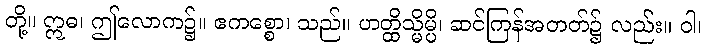
တို့။ ဣဓ၊ ဤလောက၌။ ဧကစ္စော၊ သည်။ ဟတ္ထိသ္မိမ္ပိ၊ ဆင်ကြန်အတတ်၌ လည်း။ ဝါ၊